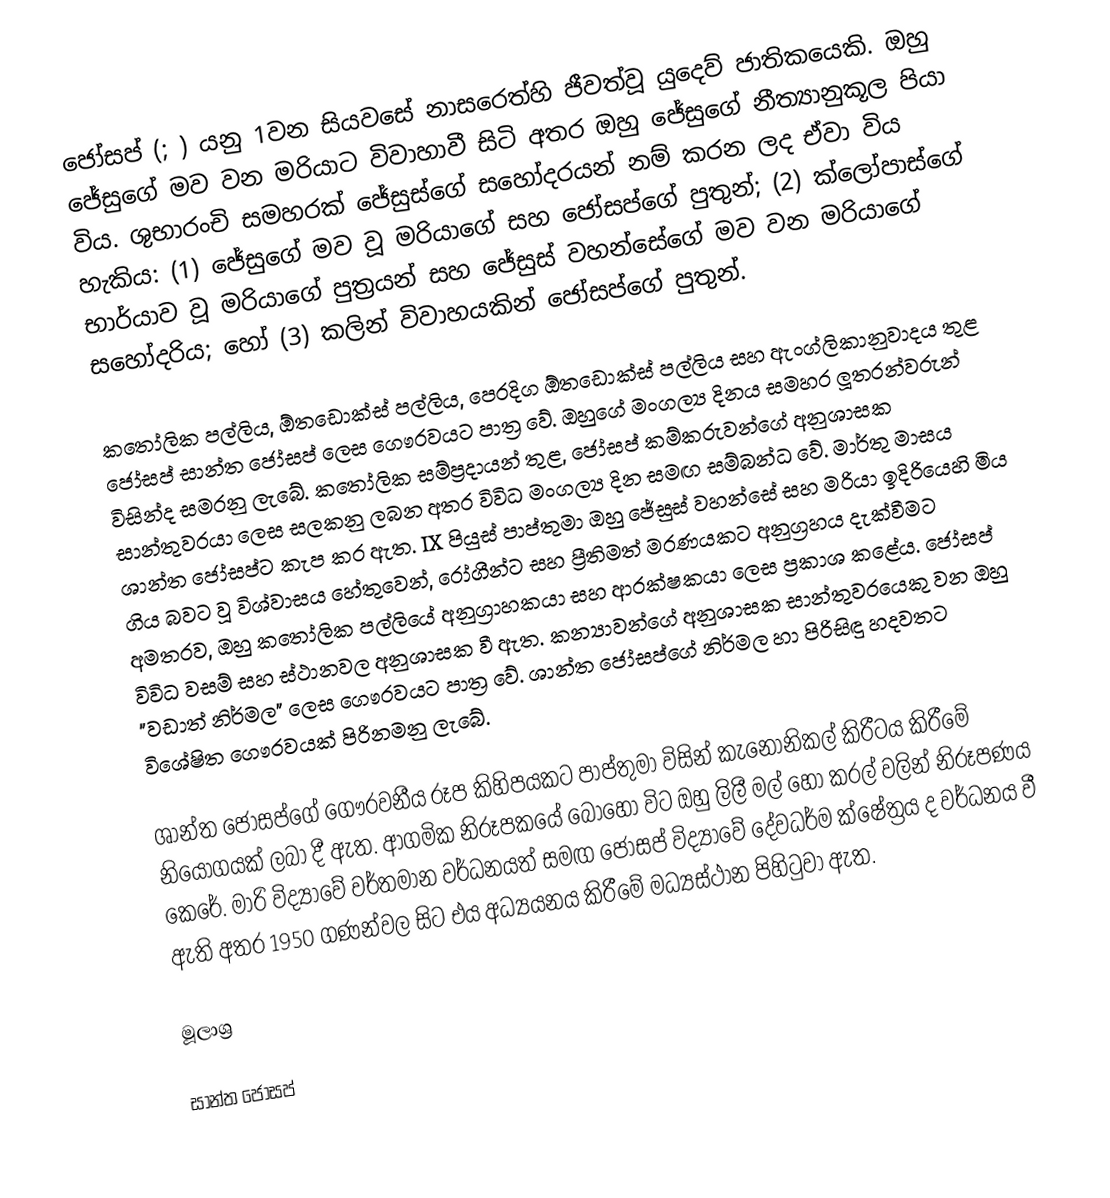
ජෝසප් (; ) යනු 1වන සියවසේ නාසරෙත්හි ජීවත්වූ යුදෙව් ජාතිකයෙකි. ඔහු ජේසුගේ මව වන මරියාට විවාහාවී සිටි අතර ඔහු ජේසුගේ නීත්‍යානුකූල පියා විය. ශුභාරංචි සමහරක් ජේසුස්ගේ සහෝදරයන් නම් කරන ලද ඒවා විය හැකිය: (1) ජේසුගේ මව වූ මරියාගේ සහ ජෝසප්ගේ පුතුන්; (2) ක්ලෝපාස්ගේ භාර්යාව වූ මරියාගේ පුත්‍රයන් සහ ජේසුස් වහන්සේගේ මව වන මරියාගේ සහෝදරිය; හෝ (3) කලින් විවාහයකින් ජෝසප්ගේ පුතුන්.

කතෝලික පල්ලිය, ඕතඩොක්ස් පල්ලිය, පෙරදිග ඕතඩොක්ස් පල්ලිය සහ ඇංග්ලිකානුවාදය තුළ ජෝසප් සාන්ත ජෝසප් ලෙස ගෞරවයට පාත්‍ර වේ. ඔහුගේ මංගල්‍ය දිනය සමහර ලූතරන්වරුන් විසින්ද සමරනු ලැබේ. කතෝලික සම්ප්‍රදායන් තුළ, ජෝසප් කම්කරුවන්ගේ අනුශාසක සාන්තුවරයා ලෙස සලකනු ලබන අතර විවිධ මංගල්‍ය දින සමඟ සම්බන්ධ වේ. මාර්තු මාසය ශාන්ත ජෝසප්ට කැප කර ඇත. IX පියුස් පාප්තුමා ඔහු ජේසුස් වහන්සේ සහ මරියා ඉදිරියෙහි මිය ගිය බවට වූ විශ්වාසය හේතුවෙන්, රෝගීන්ට සහ ප්‍රීතිමත් මරණයකට අනුග්‍රහය දැක්වීමට අමතරව, ඔහු කතෝලික පල්ලියේ අනුග්‍රාහකයා සහ ආරක්ෂකයා ලෙස ප්‍රකාශ කළේය. ජෝසප් විවිධ වසම් සහ ස්ථානවල අනුශාසක වී ඇත. කන්‍යාවන්ගේ අනුශාසක සාන්තුවරයෙකු වන ඔහු "වඩාත් නිර්මල" ලෙස ගෞරවයට පාත්‍ර වේ. ශාන්ත ජෝසප්ගේ නිර්මල හා පිරිසිඳු හදවතට විශේෂිත ගෞරවයක් පිරිනමනු ලැබේ.

ශාන්ත ජෝසප්ගේ ගෞරවනීය රූප කිහිපයකට පාප්තුමා විසින් කැනොනිකල් කිරීටය කිරීමේ නියෝගයක් ලබා දී ඇත. ආගමික නිරූපකයේ බොහෝ විට ඔහු ලිලී මල් හෝ කරල් වලින් නිරූපණය කෙරේ. මාරි විද්‍යාවේ වර්තමාන වර්ධනයත් සමඟ ජෝසප් විද්‍යාවේ දේවධර්ම ක්ෂේත්‍රය ද වර්ධනය වී ඇති අතර 1950 ගණන්වල සිට එය අධ්‍යයනය කිරීමේ මධ්‍යස්ථාන පිහිටුවා ඇත.

මූලාශ්‍ර

සාන්ත ජෝසප්